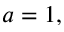
a = 1 ,